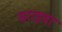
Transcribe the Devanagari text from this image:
सराइवा